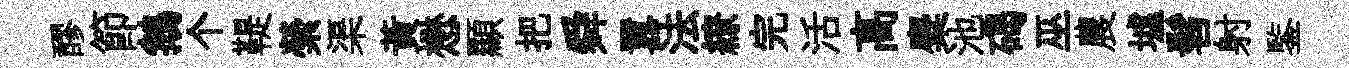
醪節鵝个鞮縈渠黃懋顯把舜囂法繚完活高麋池碣巫農墟髫射鍳